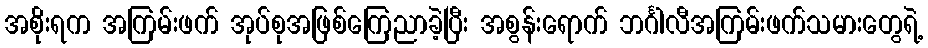
အစိုးရက အကြမ်းဖက် အုပ်စုအဖြစ်ကြေညာခဲ့ပြီး အစွန်းရောက် ဘင်္ဂါလီအကြမ်းဖက်သမားတွေရဲ့